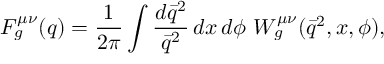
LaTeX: F _ { g } ^ { \mu \nu } ( q ) = { \frac { 1 } { 2 \pi } } \int { \frac { d \bar { q } ^ { 2 } } { \bar { q } ^ { 2 } } } \, d x \, d \phi \ { \cal W } _ { g } ^ { \mu \nu } ( \bar { q } ^ { 2 } , x , \phi ) ,